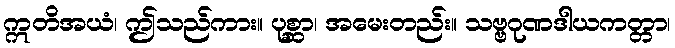
ဣတိအယံ၊ ဤသည်ကား။ ပုစ္ဆာ၊ အမေးတည်း။ သဗ္ဗဂုဏဒါယကတ္တာ၊